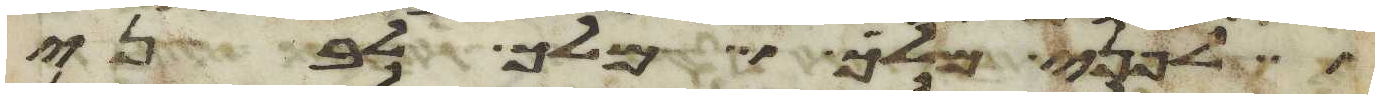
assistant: לפני מלך מלך לבני